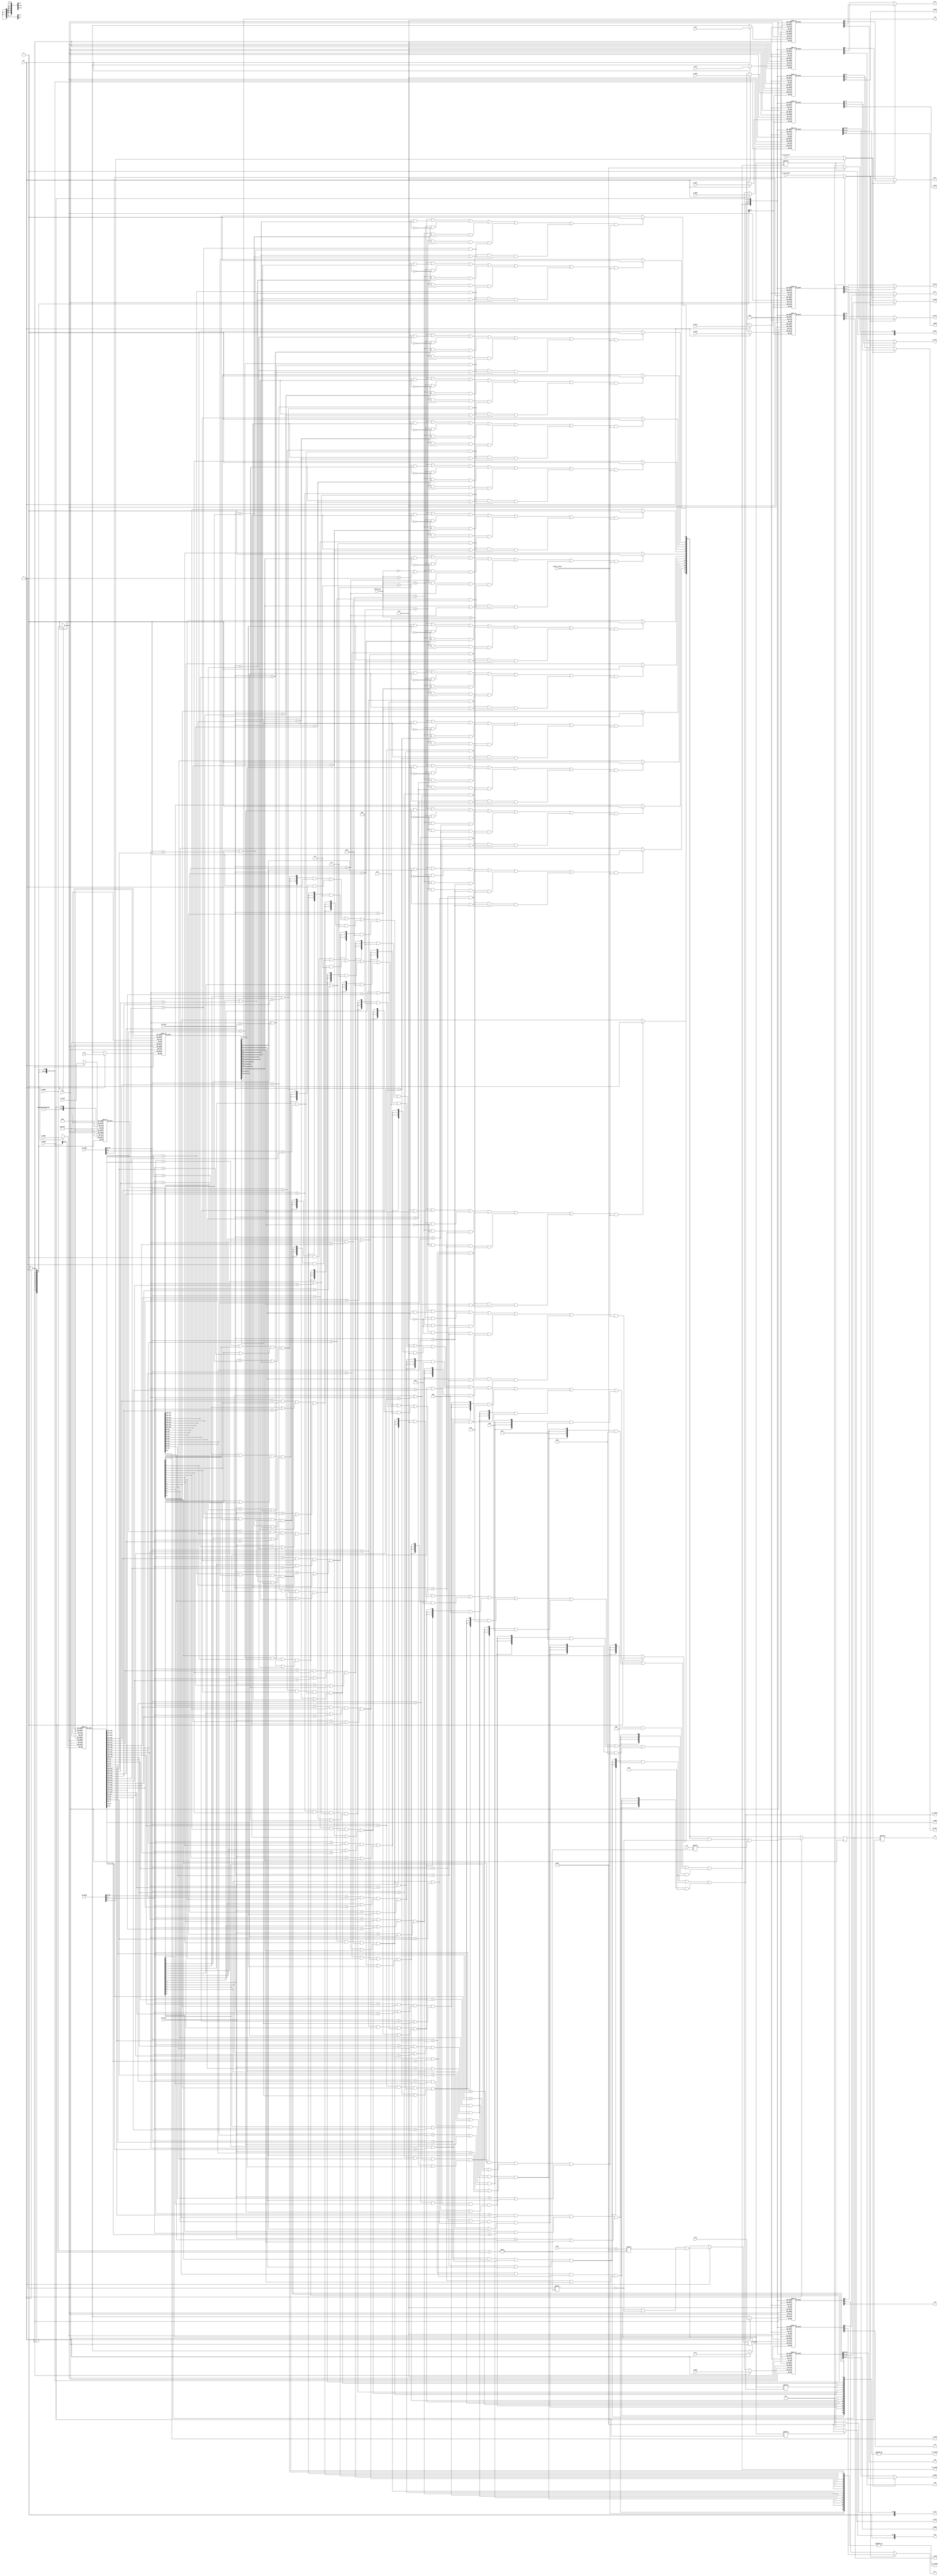
`timescale 1ns / 1ps

/*
 ! TLB, xxx
 * 
 */

module tlb
#(
    parameter TLBNUM = 16
)
(
    input wire clk,
    // * , , .
    // ! 
    input wire  [              18:0] s0_vppn,        // * [31:13]
    input wire                       s0_va_bit12,    // * 12
    input wire  [               9:0] s0_asid,        // * CSR.ASIDASID
    output wire                      s0_found,       // ! 
    output wire [$clog2(TLBNUM)-1:0] s0_index,       // * , , , CSR.TLBIDX
    output wire [              19:0] s0_ppn,         // ! ps
    output wire [               5:0] s0_ps,
    output wire [               1:0] s0_plv,
    output wire [               1:0] s0_mat,         
    output wire                      s0_d,
    output wire                      s0_v,
    // ! 
    input wire  [              18:0] s1_vppn,
    input wire                       s1_va_bit12,
    input wire  [               9:0] s1_asid,
    output wire                      s1_found,
    output wire [$clog2(TLBNUM)-1:0] s1_index,
    output wire [              19:0] s1_ppn,
    output wire [               5:0] s1_ps,
    output wire [               1:0] s1_plv,
    output wire [               1:0] s1_mat,
    output wire                      s1_d,
    output wire                      s1_v,
    // TLB 
    input wire                       invtlb_valid,
    input wire  [               4:0] invtlb_op,
    // * TLBWRTLBFILL
    input wire                       we, 
    input wire  [$clog2(TLBNUM)-1:0] w_index,
    input wire                       w_e,
    input wire  [               5:0] w_ps,
    input wire  [              18:0] w_vppn,
    input wire  [               9:0] w_asid,
    input wire                       w_g,
    input wire  [              19:0] w_ppn0,
    input wire  [               1:0] w_plv0,
    input wire  [               1:0] w_mat0,
    input wire                       w_d0,
    input wire                       w_v0,
    input wire  [              19:0] w_ppn1,
    input wire  [               1:0] w_plv1,
    input wire  [               1:0] w_mat1,
    input wire                       w_d1,
    input wire                       w_v1,
    // TLB
    input wire  [$clog2(TLBNUM)-1:0] r_index,
    output wire                      r_e,
    output wire [              18:0] r_vppn,
    output wire [               5:0] r_ps,
    output wire [               9:0] r_asid,
    output wire                      r_g,
    output wire [              19:0] r_ppn0,
    output wire [               1:0] r_plv0,
    output wire [               1:0] r_mat0,
    output wire                      r_d0,
    output wire                      r_v0,
    output wire [              19:0] r_ppn1,     
    output wire [               1:0] r_plv1,
    output wire [               1:0] r_mat1,
    output wire                      r_d1,
    output wire                      r_v1
);
// var declaration
    reg [TLBNUM-1:0] tlb_e;
    reg [TLBNUM-1:0] tlb_ps4MB; //pagesize 1:4MB, 0:4KB
    reg [      18:0] tlb_vppn [TLBNUM-1:0];
    reg [       9:0] tlb_asid [TLBNUM-1:0];
    reg              tlb_g    [TLBNUM-1:0];
    reg [      19:0] tlb_ppn0 [TLBNUM-1:0];
    reg [       1:0] tlb_plv0 [TLBNUM-1:0];
    reg [       1:0] tlb_mat0 [TLBNUM-1:0];
    reg              tlb_d0   [TLBNUM-1:0];
    reg              tlb_v0   [TLBNUM-1:0];
    reg [      19:0] tlb_ppn1 [TLBNUM-1:0];
    reg [       1:0] tlb_plv1 [TLBNUM-1:0];
    reg [       1:0] tlb_mat1 [TLBNUM-1:0];
    reg              tlb_d1   [TLBNUM-1:0];
    reg              tlb_v1   [TLBNUM-1:0];
    
// * TLB(0 for inst, 1 for mem)
    wire [TLBNUM - 1:0] match0;
    wire [TLBNUM - 1:0] match1; 
// ! , 1pte1, 0 pte0()
    wire pick_num0; 
    wire pick_num1;
// useless
    wire [2:0] attr [TLBNUM-1:0]; //  attribute
    wire [TLBNUM-1:0] inv_match;  // inv_op , , exist
    genvar tlb_index;

// !! 
    /*
     ! 
     ? 4KB4MB, [31:0], 0/1
     * 4KB, ps4MB = 0, va[11:0], va[12], va[31:13], vppn
     * 4MB, ps4MB = 1, va[21:0], va[22], va[31:23], vppn[18:10]
     ! 4KB, va[12]--> va_bit12; 4MB, va[22]-->vppn[9]
     */
    assign pick_num0 = tlb_ps4MB[s0_index] ? s0_vppn[9] : s0_va_bit12;
    assign pick_num1 = tlb_ps4MB[s1_index] ? s1_vppn[9] : s1_va_bit12;
    // 
    assign s0_ppn   = pick_num0 ? tlb_ppn1[s0_index] : tlb_ppn0[s0_index];
    assign s0_ps    = tlb_ps4MB[s0_index] ? 6'd22 : 6'd12;
    assign s0_plv   = pick_num0 ? tlb_plv1[s0_index] : tlb_plv0[s0_index];
    assign s0_mat   = pick_num0 ? tlb_mat1[s0_index] : tlb_mat0[s0_index];
    assign s0_d     = pick_num0 ? tlb_d1[s0_index] : tlb_d0[s0_index];
    assign s0_v     = pick_num0 ? tlb_v1[s0_index] : tlb_v0[s0_index];
    
    assign s1_ppn   = pick_num1 ? tlb_ppn1[s1_index] : tlb_ppn0[s1_index];
    assign s1_ps    = tlb_ps4MB[s1_index] ? 6'd22 : 6'd12;
    assign s1_plv   = pick_num1 ? tlb_plv1[s1_index] : tlb_plv0[s1_index];
    assign s1_mat   = pick_num1 ? tlb_mat1[s1_index] : tlb_mat0[s1_index];
    assign s1_d     = pick_num1 ? tlb_d1[s1_index] : tlb_d0[s1_index];
    assign s1_v     = pick_num1 ? tlb_v1[s1_index] : tlb_v0[s1_index];  



// ! TLB-match
        generate // ! TLB, match regs
        for(tlb_index = 0; tlb_index < TLBNUM; tlb_index=tlb_index+1)
        begin: __TLB_compare
                assign match0[tlb_index] = // !  +  + asid + exist
                (s0_vppn[18:10] == tlb_vppn[tlb_index][18:10]) && tlb_e[tlb_index]
                && (tlb_ps4MB[tlb_index] || s0_vppn[9:0]==tlb_vppn[tlb_index][9:0])
                && (s0_asid == tlb_asid[tlb_index] || tlb_g[tlb_index]);

                assign match1[tlb_index] = 
                (s1_vppn[18:10] == tlb_vppn[tlb_index][18:10]) && tlb_e[tlb_index]
                && (tlb_ps4MB[tlb_index] || s1_vppn[9:0]==tlb_vppn[tlb_index][ 9: 0])
                && (s1_asid == tlb_asid[tlb_index] || tlb_g[tlb_index]);
        end
        endgenerate

    // found
    assign s0_found = |match0;
    assign s1_found = |match1;
    // !  "" 
    assign s0_index = ({4{match0[0]}} & 4'd0)   | ({4{match0[1]}} & 4'd1)
                    | ({4{match0[2]}} & 4'd2)   | ({4{match0[3]}} & 4'd3)
                    | ({4{match0[4]}} & 4'd4)   | ({4{match0[5]}} & 4'd5)
                    | ({4{match0[6]}} & 4'd6)   | ({4{match0[7]}} & 4'd7)
                    | ({4{match0[8]}} & 4'd8)   | ({4{match0[9]}} & 4'd9)
                    | ({4{match0[10]}} & 4'd10) | ({4{match0[11]}} & 4'd11)
                    | ({4{match0[12]}} & 4'd12) | ({4{match0[13]}} & 4'd13)
                    | ({4{match0[14]}} & 4'd14) | ({4{match0[15]}} & 4'd15);
    assign s1_index = ({4{match1[0]}} & 4'd0)   | ({4{match1[1]}} & 4'd1)
                    | ({4{match1[2]}} & 4'd2)   | ({4{match1[3]}} & 4'd3)
                    | ({4{match1[4]}} & 4'd4)   | ({4{match1[5]}} & 4'd5)
                    | ({4{match1[6]}} & 4'd6)   | ({4{match1[7]}} & 4'd7)
                    | ({4{match1[8]}} & 4'd8)   | ({4{match1[9]}} & 4'd9)
                    | ({4{match1[10]}} & 4'd10) | ({4{match1[11]}} & 4'd11)
                    | ({4{match1[12]}} & 4'd12) | ({4{match1[13]}} & 4'd13)
                    | ({4{match1[14]}} & 4'd14) | ({4{match1[15]}} & 4'd15);
    
    

// ! invtlab
/*
 ? op:
 * 0x0:: 
 * 0x1:: , 0x0
 * 0x2:: G=1
 * 0x3:: G=0
 * 0x4:: G=0, ASIDASID
 * 0x5:: G=0, ASIDASID, VA
 * 0x6:: G=1, ASIDASID, VA
 ! , 3
 */
    generate // * 
        for(tlb_index = 0; tlb_index < TLBNUM; tlb_index=tlb_index+1)
        begin: __flush_TLB_prepare
            // ! , G==1; asid; va(, )
            assign attr[tlb_index][0] = tlb_g[tlb_index];
            assign attr[tlb_index][1] = s1_asid == tlb_asid[tlb_index];
            assign attr[tlb_index][2] = (s1_vppn[18:10]==tlb_vppn[tlb_index][18:10]) // 
               && (tlb_ps4MB[tlb_index] || s1_vppn[9:0]==tlb_vppn[tlb_index][ 9: 0]); // 4KB, 

            assign inv_match[tlb_index] = ((invtlb_op==0||invtlb_op==1) & 1'b1)  // all
                                         ||((invtlb_op==2) & (attr[tlb_index][0]))  // G = 1
                                         ||((invtlb_op==3) & (!attr[tlb_index][0]))  // G = 0
                                         ||((invtlb_op==4) & (!attr[tlb_index][0]) & (attr[tlb_index][1])) // G=0, ASID
                                         ||((invtlb_op==5) & (!attr[tlb_index][0]) & attr[tlb_index][1] & attr[tlb_index][2])
                                         ||((invtlb_op==6) & (attr[tlb_index][0] | attr[tlb_index][1]) & attr[tlb_index][2]);
          end
    endgenerate              

//     always @(posedge clk ) begin // ! 
//         generate 
//             for(tlb_index = 0; tlb_index < TLBNUM; tlb_index = tlb_index+1)
//             begin: __inv_TLB
//                 if(inv_match[tlb_index] & invtlb_valid)
//                     tlb_e[tlb_index] <= 1'b0;
//             end 
//         endgenerate
//     end

    always @(posedge clk ) begin
        if(inv_match[0] & invtlb_valid)
                tlb_e[0] <= 1'b0;
        if(inv_match[1] & invtlb_valid)
                tlb_e[1] <= 1'b0;
        if(inv_match[2] & invtlb_valid)
                tlb_e[2] <= 1'b0;
        if(inv_match[3] & invtlb_valid)
                tlb_e[3] <= 1'b0;
        if(inv_match[4] & invtlb_valid)
                tlb_e[4] <= 1'b0;
        if(inv_match[5] & invtlb_valid)
                tlb_e[5] <= 1'b0;
        if(inv_match[6] & invtlb_valid)
                tlb_e[6] <= 1'b0;
        if(inv_match[7] & invtlb_valid)
                tlb_e[7] <= 1'b0;
        if(inv_match[8] & invtlb_valid)
                tlb_e[8] <= 1'b0;
        if(inv_match[9] & invtlb_valid)
                tlb_e[9] <= 1'b0;
        if(inv_match[10] & invtlb_valid)
                tlb_e[10] <= 1'b0;
        if(inv_match[11] & invtlb_valid)
                tlb_e[11] <= 1'b0;
        if(inv_match[12] & invtlb_valid)
                tlb_e[12] <= 1'b0;
        if(inv_match[13] & invtlb_valid)
                tlb_e[13] <= 1'b0;
        if(inv_match[14] & invtlb_valid)
                tlb_e[14] <= 1'b0;
        if(inv_match[15] & invtlb_valid)
                tlb_e[15] <= 1'b0;
        if(we)
                tlb_e[w_index] <= w_e;
    end
    

// ! 
    always @(posedge clk) begin
        if (we) begin :__TLB_Write

        //     tlb_e[w_index] <= w_e;
            
            tlb_ps4MB[w_index]  <= (w_ps==6'd22);
            tlb_vppn[w_index]   <= w_vppn;
            tlb_asid[w_index]   <= w_asid;
            tlb_g[w_index]      <= w_g;
            
            tlb_ppn0[w_index]   <= w_ppn0;
            tlb_plv0[w_index]   <= w_plv0;
            tlb_mat0[w_index]   <= w_mat0;
            tlb_d0[w_index]     <= w_d0;
            tlb_v0[w_index]     <= w_v0;
            
            tlb_ppn1[w_index]   <= w_ppn1;
            tlb_plv1[w_index]   <= w_plv1;
            tlb_mat1[w_index]   <= w_mat1;
            tlb_d1[w_index]     <= w_d1;
            tlb_v1[w_index]     <= w_v1;
        end
    end

// ! 
    // * , enable/empty/exist, 1, , Exist
    assign r_e = tlb_e[r_index];
    // * , address space id, 10bits, , switchTLB. 
    assign r_asid = tlb_asid[r_index];
    // * , Global, 1, asid, 
    assign r_g = tlb_g[r_index];
    // * , PageSize, 6bits, MTLB. 4KB4MB
    assign r_ps = tlb_ps4MB[r_index] ? 6'd22 : 6'd12;
    // ! , VALEN-13 bits, , , 32va, 19-1, input(va_bits12)
    assign r_vppn = tlb_vppn[r_index];
    
    // * , Valid 1. 
    assign r_v0 = tlb_v0[r_index];
    assign r_v1 = tlb_v1[r_index];
    // * , Dirty, 1
    assign r_d0 = tlb_d0[r_index];
    assign r_d1 = tlb_d1[r_index];
    // * , Mem Access Type, 2bits, 
    assign r_mat0 = tlb_mat0[r_index];
    assign r_mat1 = tlb_mat1[r_index];
    // * , Privilege LeVel, 2bits, PLV
    assign r_plv0 = tlb_plv0[r_index];
    assign r_plv1 = tlb_plv1[r_index];
    // ! , PhysicalPageNum, PALEN-12 bits, PS
    assign r_ppn0 = tlb_ppn0[r_index];
    assign r_ppn1 = tlb_ppn1[r_index];
    
endmodule